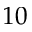
1 0